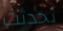
تحدثت